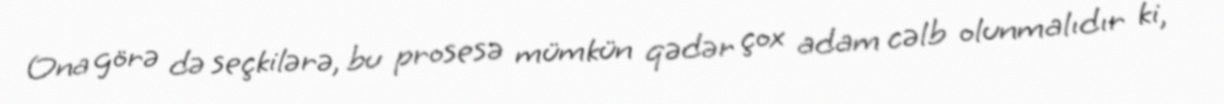
Ona görə də seçkilərə, bu prosesə mümkün qədər çox adam cəlb olunmalıdır ki,